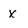
Character: X